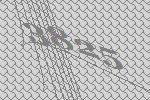
3825